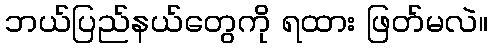
ဘယ်ပြည်နယ်တွေကို ရထား ဖြတ်မလဲ။